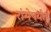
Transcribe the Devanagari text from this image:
रांगेपर्यंत